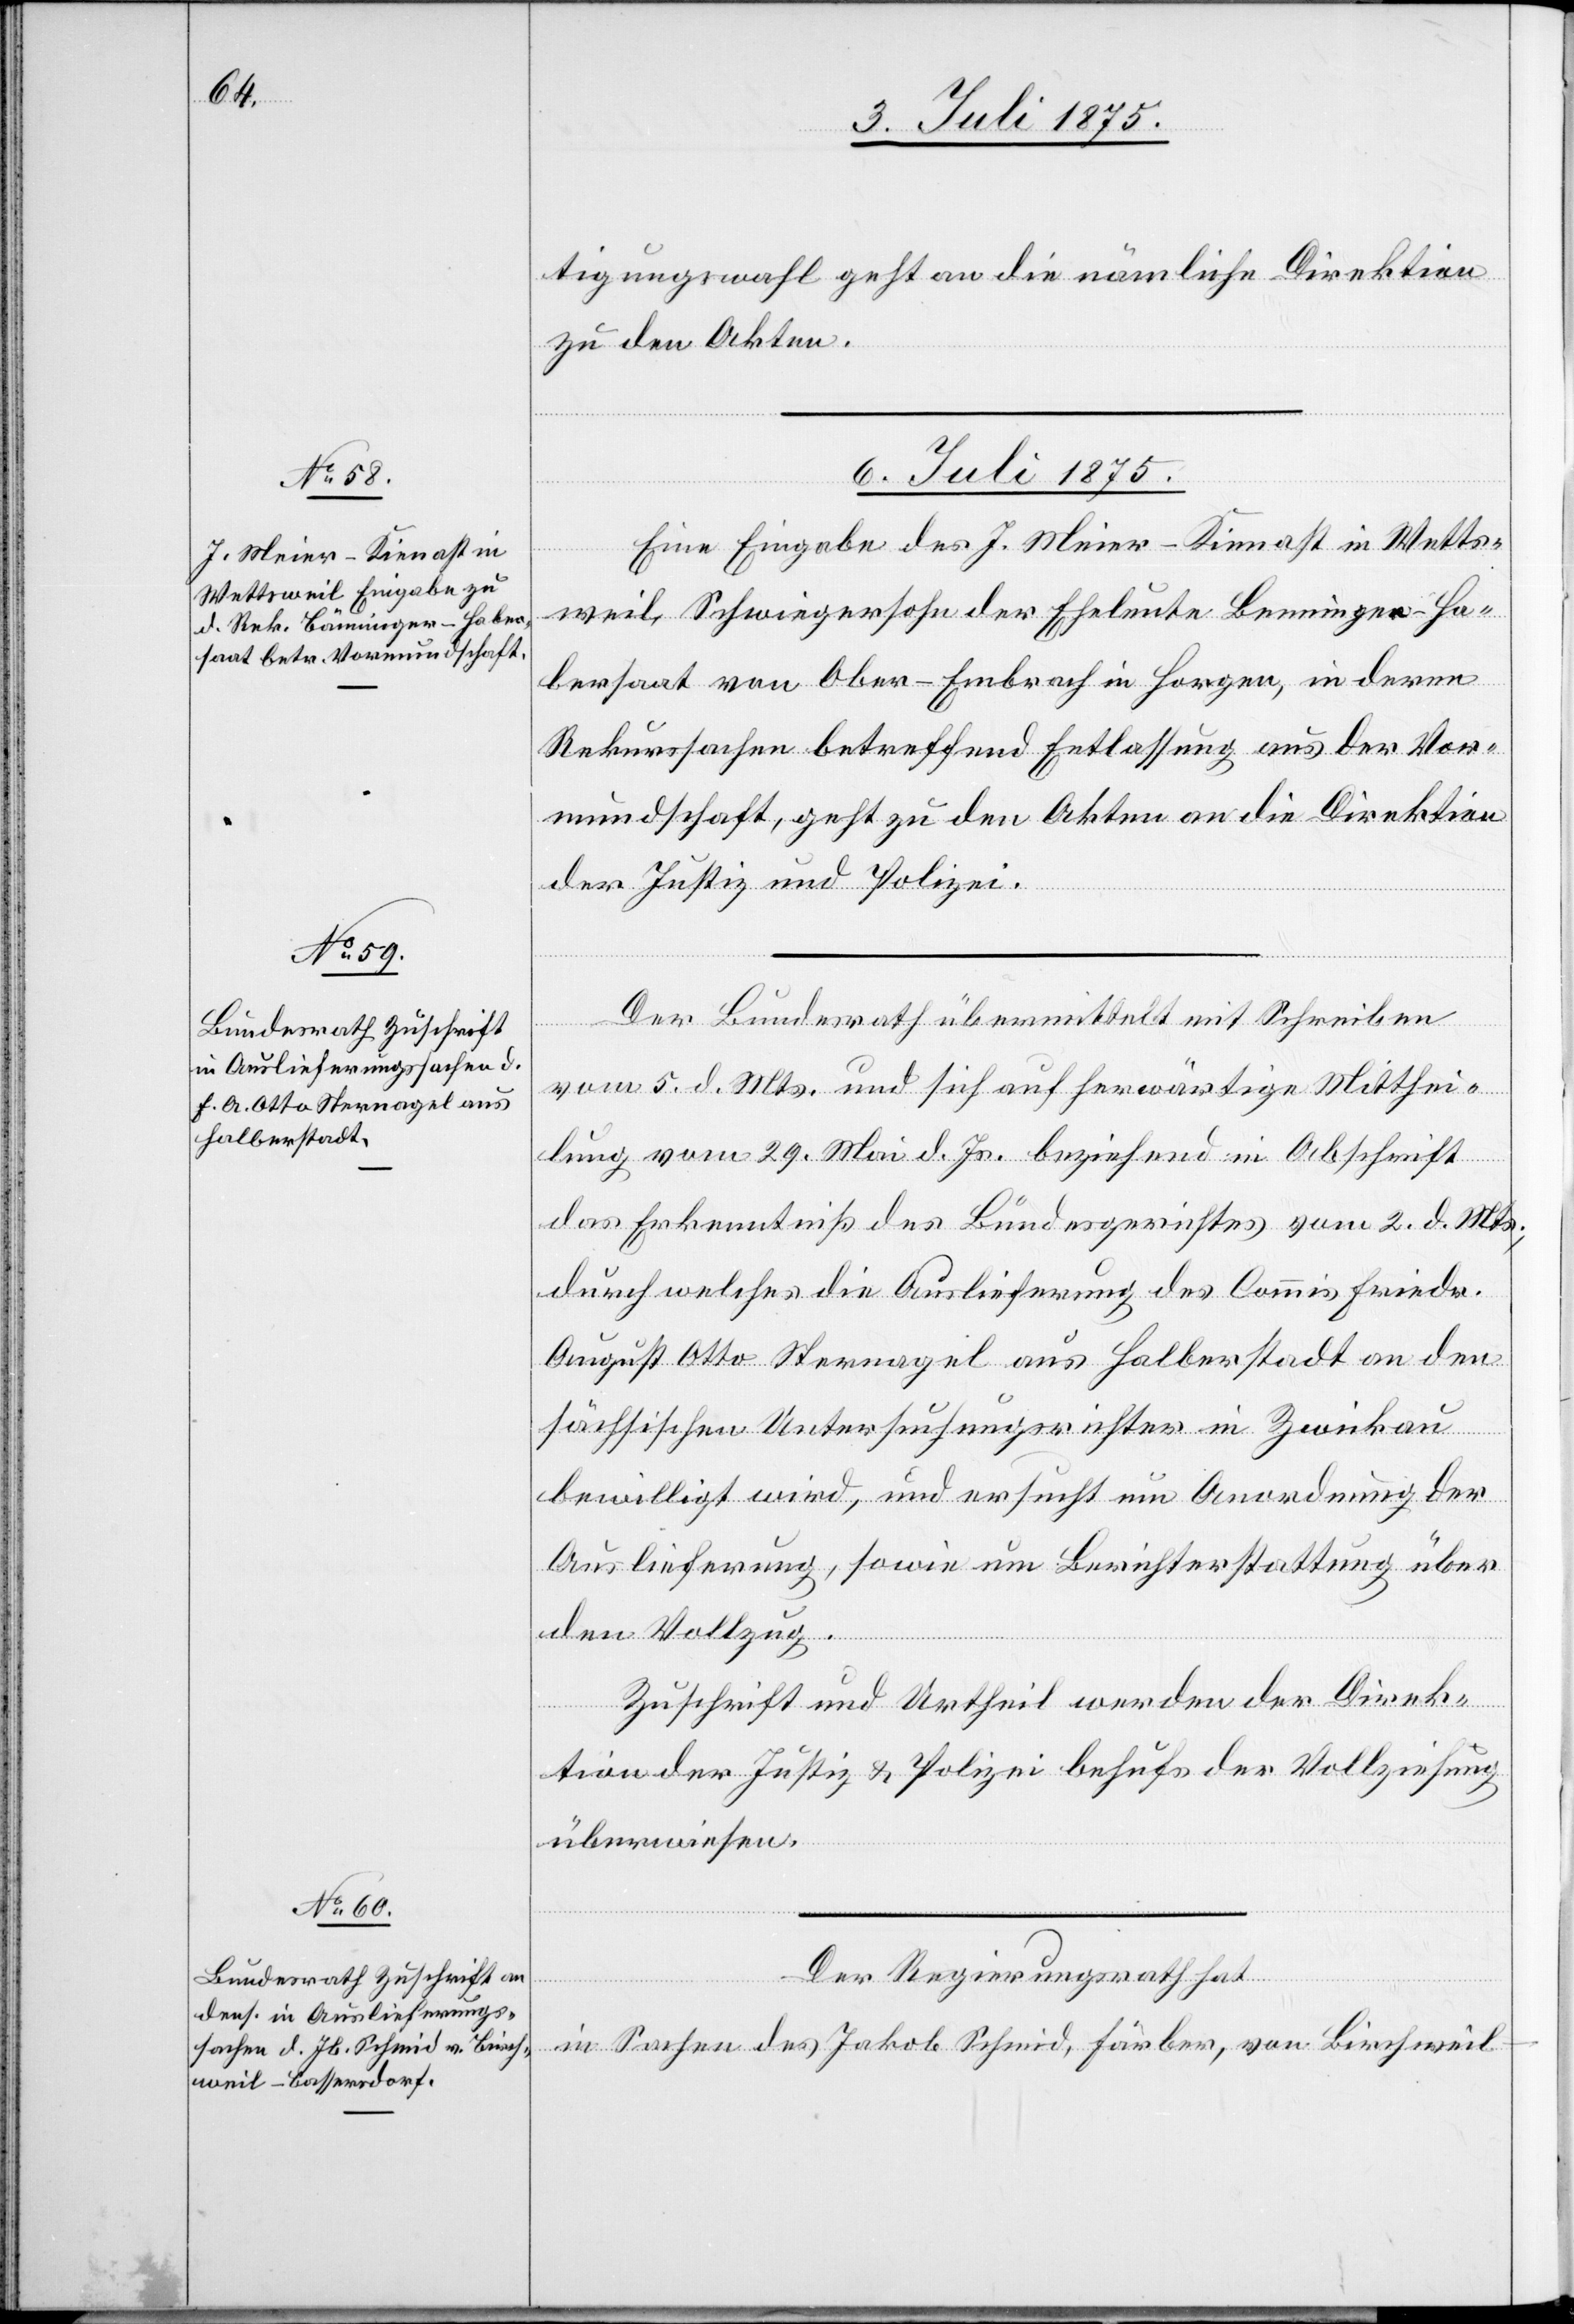
tigungswahl geht an die nämliche Direktion
zu den Akten.
6. Juli 1875.]
Eine Eingabe des J. Meier-Kienast in Wetts¬
weil, Schwiegersohn der Eheleute Benninger-Ha¬
bersaat [sic!] von Ober-Embrach in Horgen, in deren
Rekurssachen betreffend Entlassung aus der Vor¬
mundschaft, geht zu den Akten an die Direktion
der Justiz und Polizei.
Der Bundesrath übermittelt mit Schreiben
vom 5. d. Mts. und sich auf herwärtige Mitthei¬
lung vom 29. Mai d. Js. beziehend in Abschrift
Erkenntniß des Bundesgerichtes vom 2. d. Mts.,
durch welches die Auslieferung des Commis Friedr.
August Otto Sternagel aus Halberstadt an den
sächsischen Untersuchungsrichter in Zwickau
bewilligt wird, und ersucht um Anordnung der
Auslieferung, sowie um Berichterstattung über
den Vollzug.
Zuschrift und Urtheil werden der Direk¬
tion der Justiz & Polizei behufs der Vollziehung
überwiesen.
Der Regierungsrath hat
in Sachen des Jakob Schmid, Färber, von Birchweil